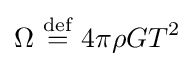
\Omega \ {\stackrel {\text{def}}{=}}\ 4\pi \rho GT^{2}